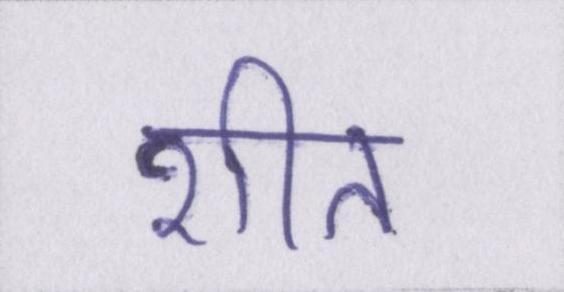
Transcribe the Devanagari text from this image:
शीत